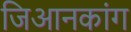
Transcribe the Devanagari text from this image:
जिआनकांग